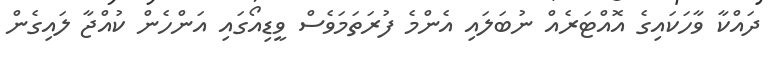
ދައްކާ ވާހަކައިގެ އޮއްޓަރެއް ނުބަލައި އެންމެ ފުރަތަމަވެސް ވީޑިއޯގައި އަންހެން ކުއްޖާ ލައިގެން